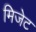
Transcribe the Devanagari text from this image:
मिजेट